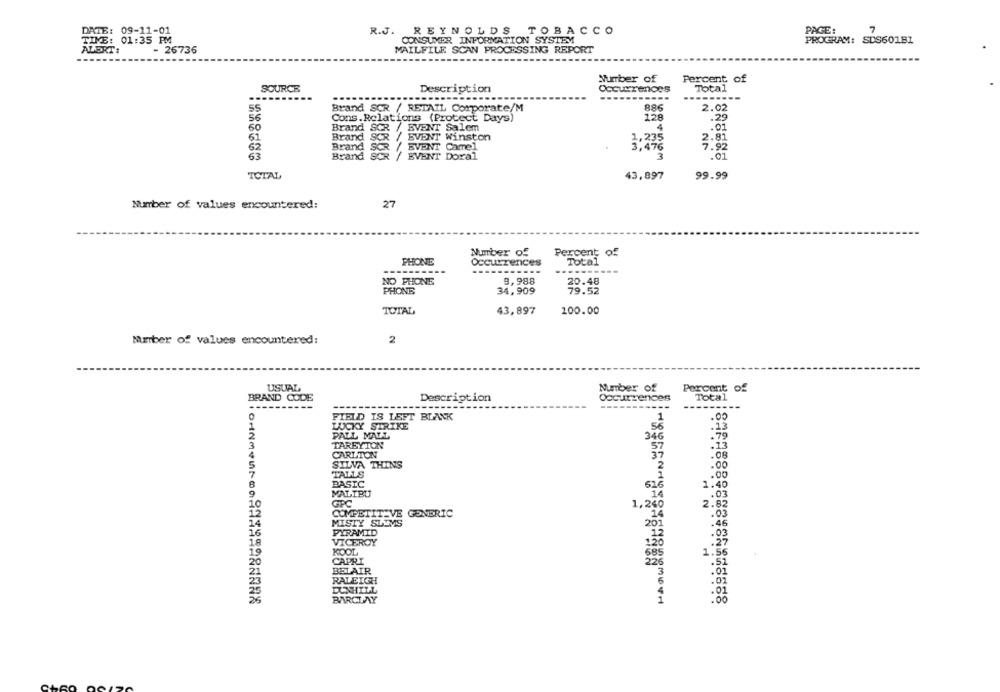
DATE: 09-11-01
R.J. REYNOLDS TOBACCO
PAGE:
7
TIME: 01:35 PM
CONSUMER INFORMATION SYSTEM
PROGRAM: SDS60181
- 26736
MAILFILE SCAN PROCESSING REPORT
ALERT:
Number of
Percent of
SOURCE
Description
Occurrences
Total
----
...
Brand SCR / RETAIL Corporate/M
886
2.02
Cons. Relations (Protect Days)
128
.29
.01
60
Brand SCR / BVENT Salem
4
Brand SCR / EVENT Winston
Brand SCR / EVENT Camel
3,476
7.92
63
Brand SCR / EVENT Doral
3
.01
TOTAL
43,897
99.99
Number of values encountered:
27
Number of
Percent of
PHONE
Occurrences
Total
-----------
----------
NO PHONE
9,988
20.48
PHONE
34,909
TOTAL
43,897
100.00
2
Number of values encountered:
USUAL
Number of
Percent of
BRAND CODE
Description
Occurrences
Total
------
-----------
---
FIELD IS LEFT BLANK
1
LUCKY STRIKE
56
.13
PALL MALL
346
.79
TAREYTON
57
.13
CARLTON
37
.08
SILVA THINS
2
.00
TALLS
1
.00
BASIC
616
1.40
MALIBU
14
.03
GPC
1,240
2.82
10
COMPETITIVE GENERIC
.03
MISTY SLUMS
26
.46
PYRAMID
.03
VICEROY
12
KOOL
1.56
CAPRI
226
.52
BELAIR
3
:01
RALEIGH
5
.O
DUNHILL
BARCLAY
1